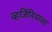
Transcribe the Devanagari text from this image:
व्हर्जिनियाला